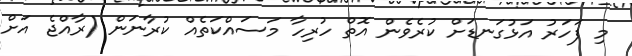
މި ފަހަރު އަޅުގަނޑަށް ކުރެވެން އޮތް ހުރިހާ މަސައްކަތެއް ކުރާނަން (ރާއްޖެ އަށް